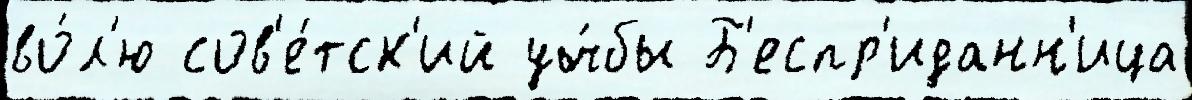
во́л'ю сов'е́тск'ий уч́бы Б'еспр'иданн'ица